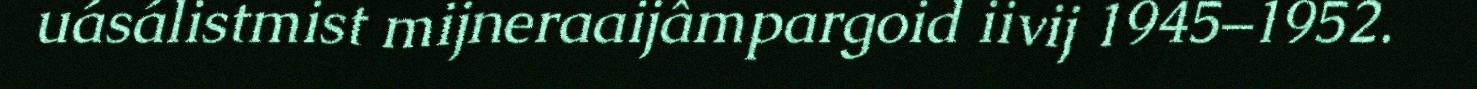
uásálistmist mijneraaijâmpargoid iivij 1945–1952.